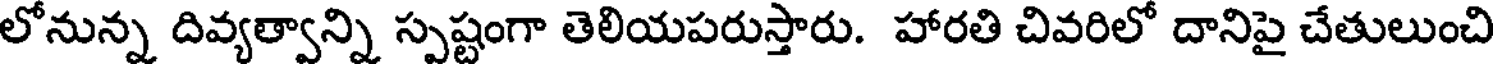
లోనున్న దివ్యత్వాన్ని స్పష్టంగా తెలియపరుస్తారు. హారతి చివరిలో దానిపై చేతులుంచి